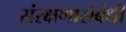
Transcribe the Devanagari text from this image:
संरक्षणासंबंधी